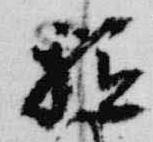
祗